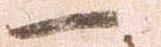
一